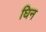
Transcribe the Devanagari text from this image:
घिन